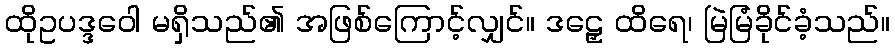
ထိုဥပဒ္ဒဝေါ မရှိသည်၏ အဖြစ်ကြောင့်လျှင်။ ဒဠှေ ထိရေ၊ မြဲမြံခိုင်ခံ့သည်။